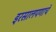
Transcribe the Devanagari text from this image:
इरसालपणाचे